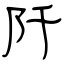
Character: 阡